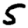
Digit: 5